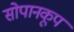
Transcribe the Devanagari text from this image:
सोपानकूप